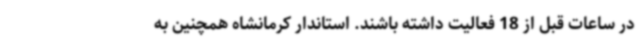
در ساعات قبل از 18 فعالیت داشته باشند. استاندار کرمانشاه همچنین به